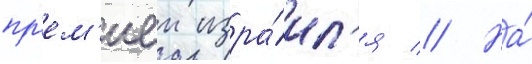
пр'ем'иеи изра́ил'я // На́